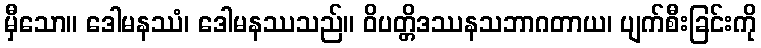
မှီသော။ ဒေါမနဿံ၊ ဒေါမနဿသည်။ ဝိပတ္တိဒဿနသဘာဂတာယ၊ ပျက်စီးခြင်းကို